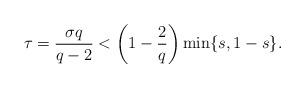
LaTeX: \begin{align*}\tau=\frac{\sigma q}{q-2}<\left(1-\frac{2}{q}\right)\min\{s,1-s\}. \end{align*}